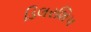
ડિલરશિપ